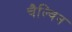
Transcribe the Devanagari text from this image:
चैल्विन